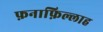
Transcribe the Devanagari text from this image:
फ़नाफ़िल्लाह